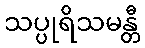
သပ္ပုရိသမန္တီ